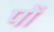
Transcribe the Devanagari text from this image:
पों